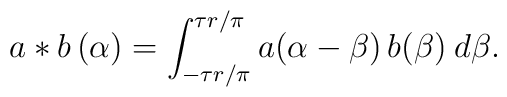
a\ast b \, (\alpha) = \int_{-\tau r/\pi}^{\tau r/\pi}a(\alpha-\beta) \, b(\beta) \: d\beta .